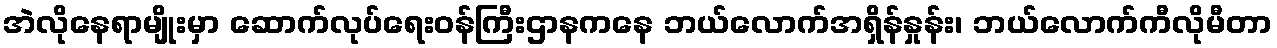
အဲလိုနေရာမျိုးမှာ ဆောက်လုပ်ရေးဝန်ကြီးဌာနကနေ ဘယ်လောက်အရှိန်နှုန်း၊ ဘယ်လောက်ကီလိုမီတာ